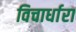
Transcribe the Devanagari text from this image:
विचार्धारा